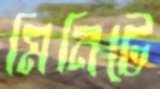
মিনিটে